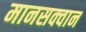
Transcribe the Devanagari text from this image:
मानसक्वान